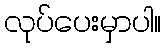
လုပ်ပေးမှာပါ။